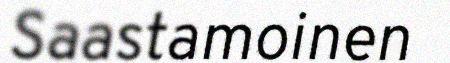
Saastamoinen